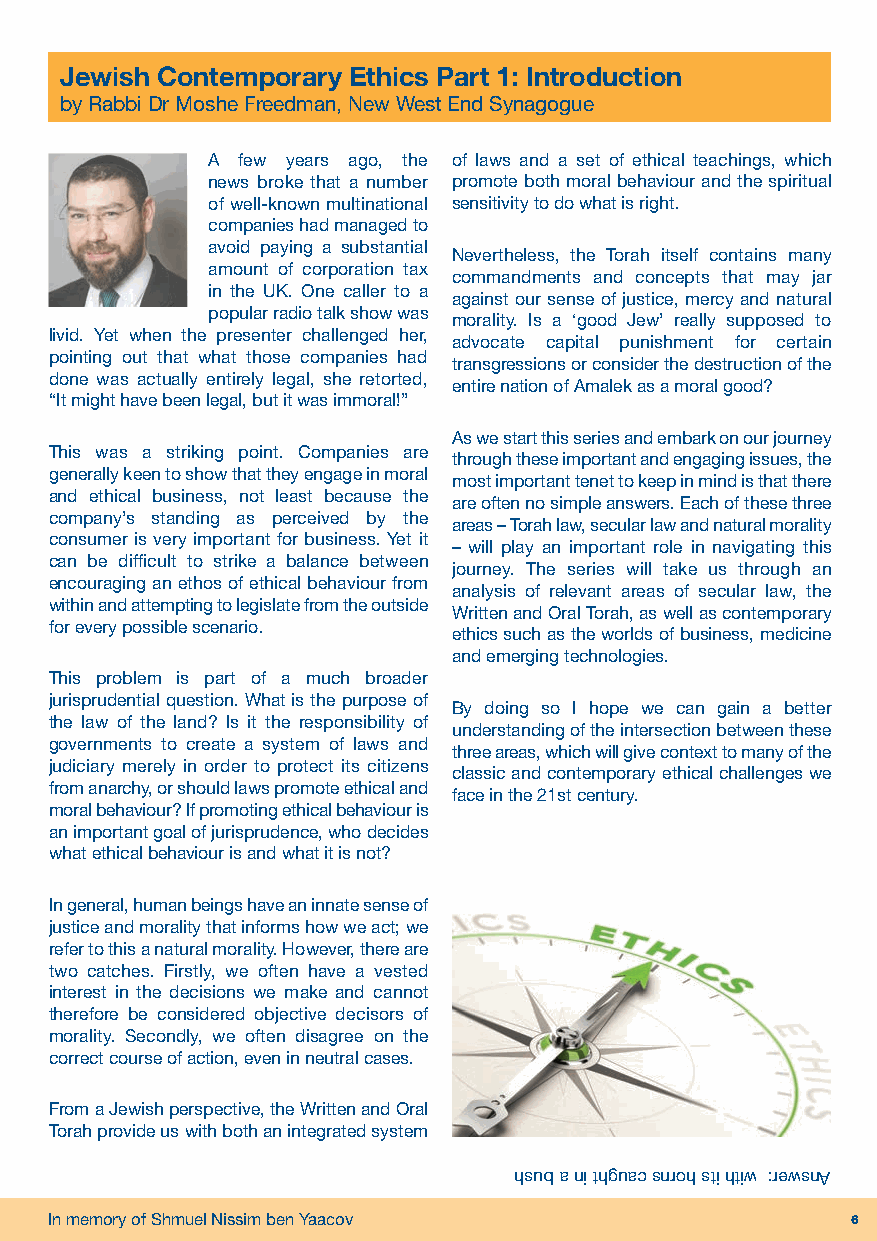
ROSH HASHANAH Vol.31 No.1.qxp_Layout 1 14/08/2018 11:41 Page 6
 Jewish Contemporary Ethics Part 1: Introduction
 by Rabbi Dr Moshe Freedman, New West End Synagogue
 A few years ago, the of laws and a set of ethical teachings, which
 news broke that a number promote both moral behaviour and the spiritual
 of well-known multinational sensitivity to do what is right.
 companies had managed to
 avoid paying a substantial
 Nevertheless, the Torah itself contains many
 amount of corporation tax
 commandments and concepts that may jar
 in the UK. One caller to a
 against our sense of justice, mercy and natural
 popular radio talk show was
 morality. Is a ‘good Jew’ really supposed to
 livid. Yet when the presenter challenged her,
 advocate capital punishment for certain
 pointing out that what those companies had
 transgressions or consider the destruction of the
 done was actually entirely legal, she retorted,
 entire nation of Amalek as a moral good?
 “It might have been legal, but it was immoral!”
 As we start this series and embark on our journey
 This was a striking point. Companies are
 through these important and engaging issues, the
 generally keen to show that they engage in moral
 most important tenet to keep in mind is that there
 and ethical business, not least because the
 are often no simple answers. Each of these three
 company’s standing as perceived by the
 areas –Torah law, secular law and natural morality
 consumer is very important for business. Yet it
 – will play an important role in navigating this
 can be difficult to strike a balance between
 journey. The series will take us through an
 encouraging an ethos of ethical behaviour from
 analysis of relevant areas of secular law, the
 within and attempting to legislate from the outside
 Written and Oral Torah, as well as contemporary
 for every possible scenario.
 ethics such as the worlds of business, medicine
 and emerging technologies.
 This problem is part of a much broader
 jurisprudential question. What is the purpose of
 By doing so I hope we can gain a better
 the law of the land? Is it the responsibility of
 understanding of the intersection between these
 governments to create a system of laws and
 three areas, which will give context to many of the
 judiciary merely in order to protect its citizens
 classic and contemporary ethical challenges we
 from anarchy, or should laws promote ethical and
 face in the 21st century.
 moral behaviour? If promoting ethical behaviour is
 an important goal of jurisprudence, who decides
 what ethical behaviour is and what it is not?
 In general, human beings have an innate sense of
 justice and morality that informs how we act; we
 refer to this a natural morality. However, there are
 two catches. Firstly, we often have a vested
 interest in the decisions we make and cannot
 therefore be considered objective decisors of
 morality. Secondly, we often disagree on the
 correct course of action, even in neutral cases.
 From a Jewish perspective, the Written and Oral
 Torah provide us with both an integrated system
 hsub a ni thguac snroh sti htiw :rewsnA
 In memory of Shmuel Nissim ben Yaacov                6